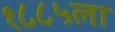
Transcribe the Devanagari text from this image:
१८८५ला